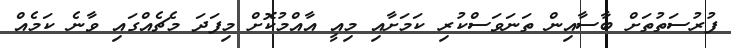
ފުުރުސަތުތަށް ބާސާއިން ތަނަވަސްކުރި ކަމަށާއި މިއީ އާއްމުކޮށް މިފަދަ މެޗެއްގައި ވާނެ ކަމެއް